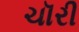
ચૉરી